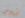
زيوس